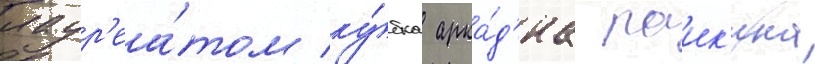
лаур'еа́том ку́бка арка́д'иа раик'ина